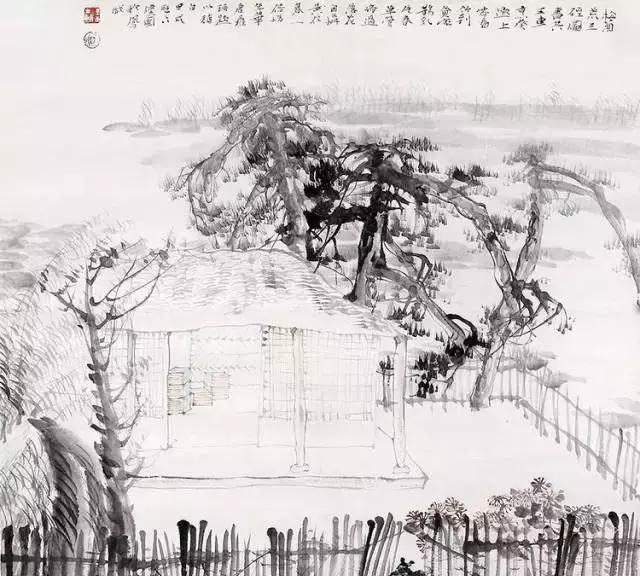
雷雨窈冥而未半，皦日笼光於绮寮。